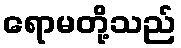
ရောမတို့သည်